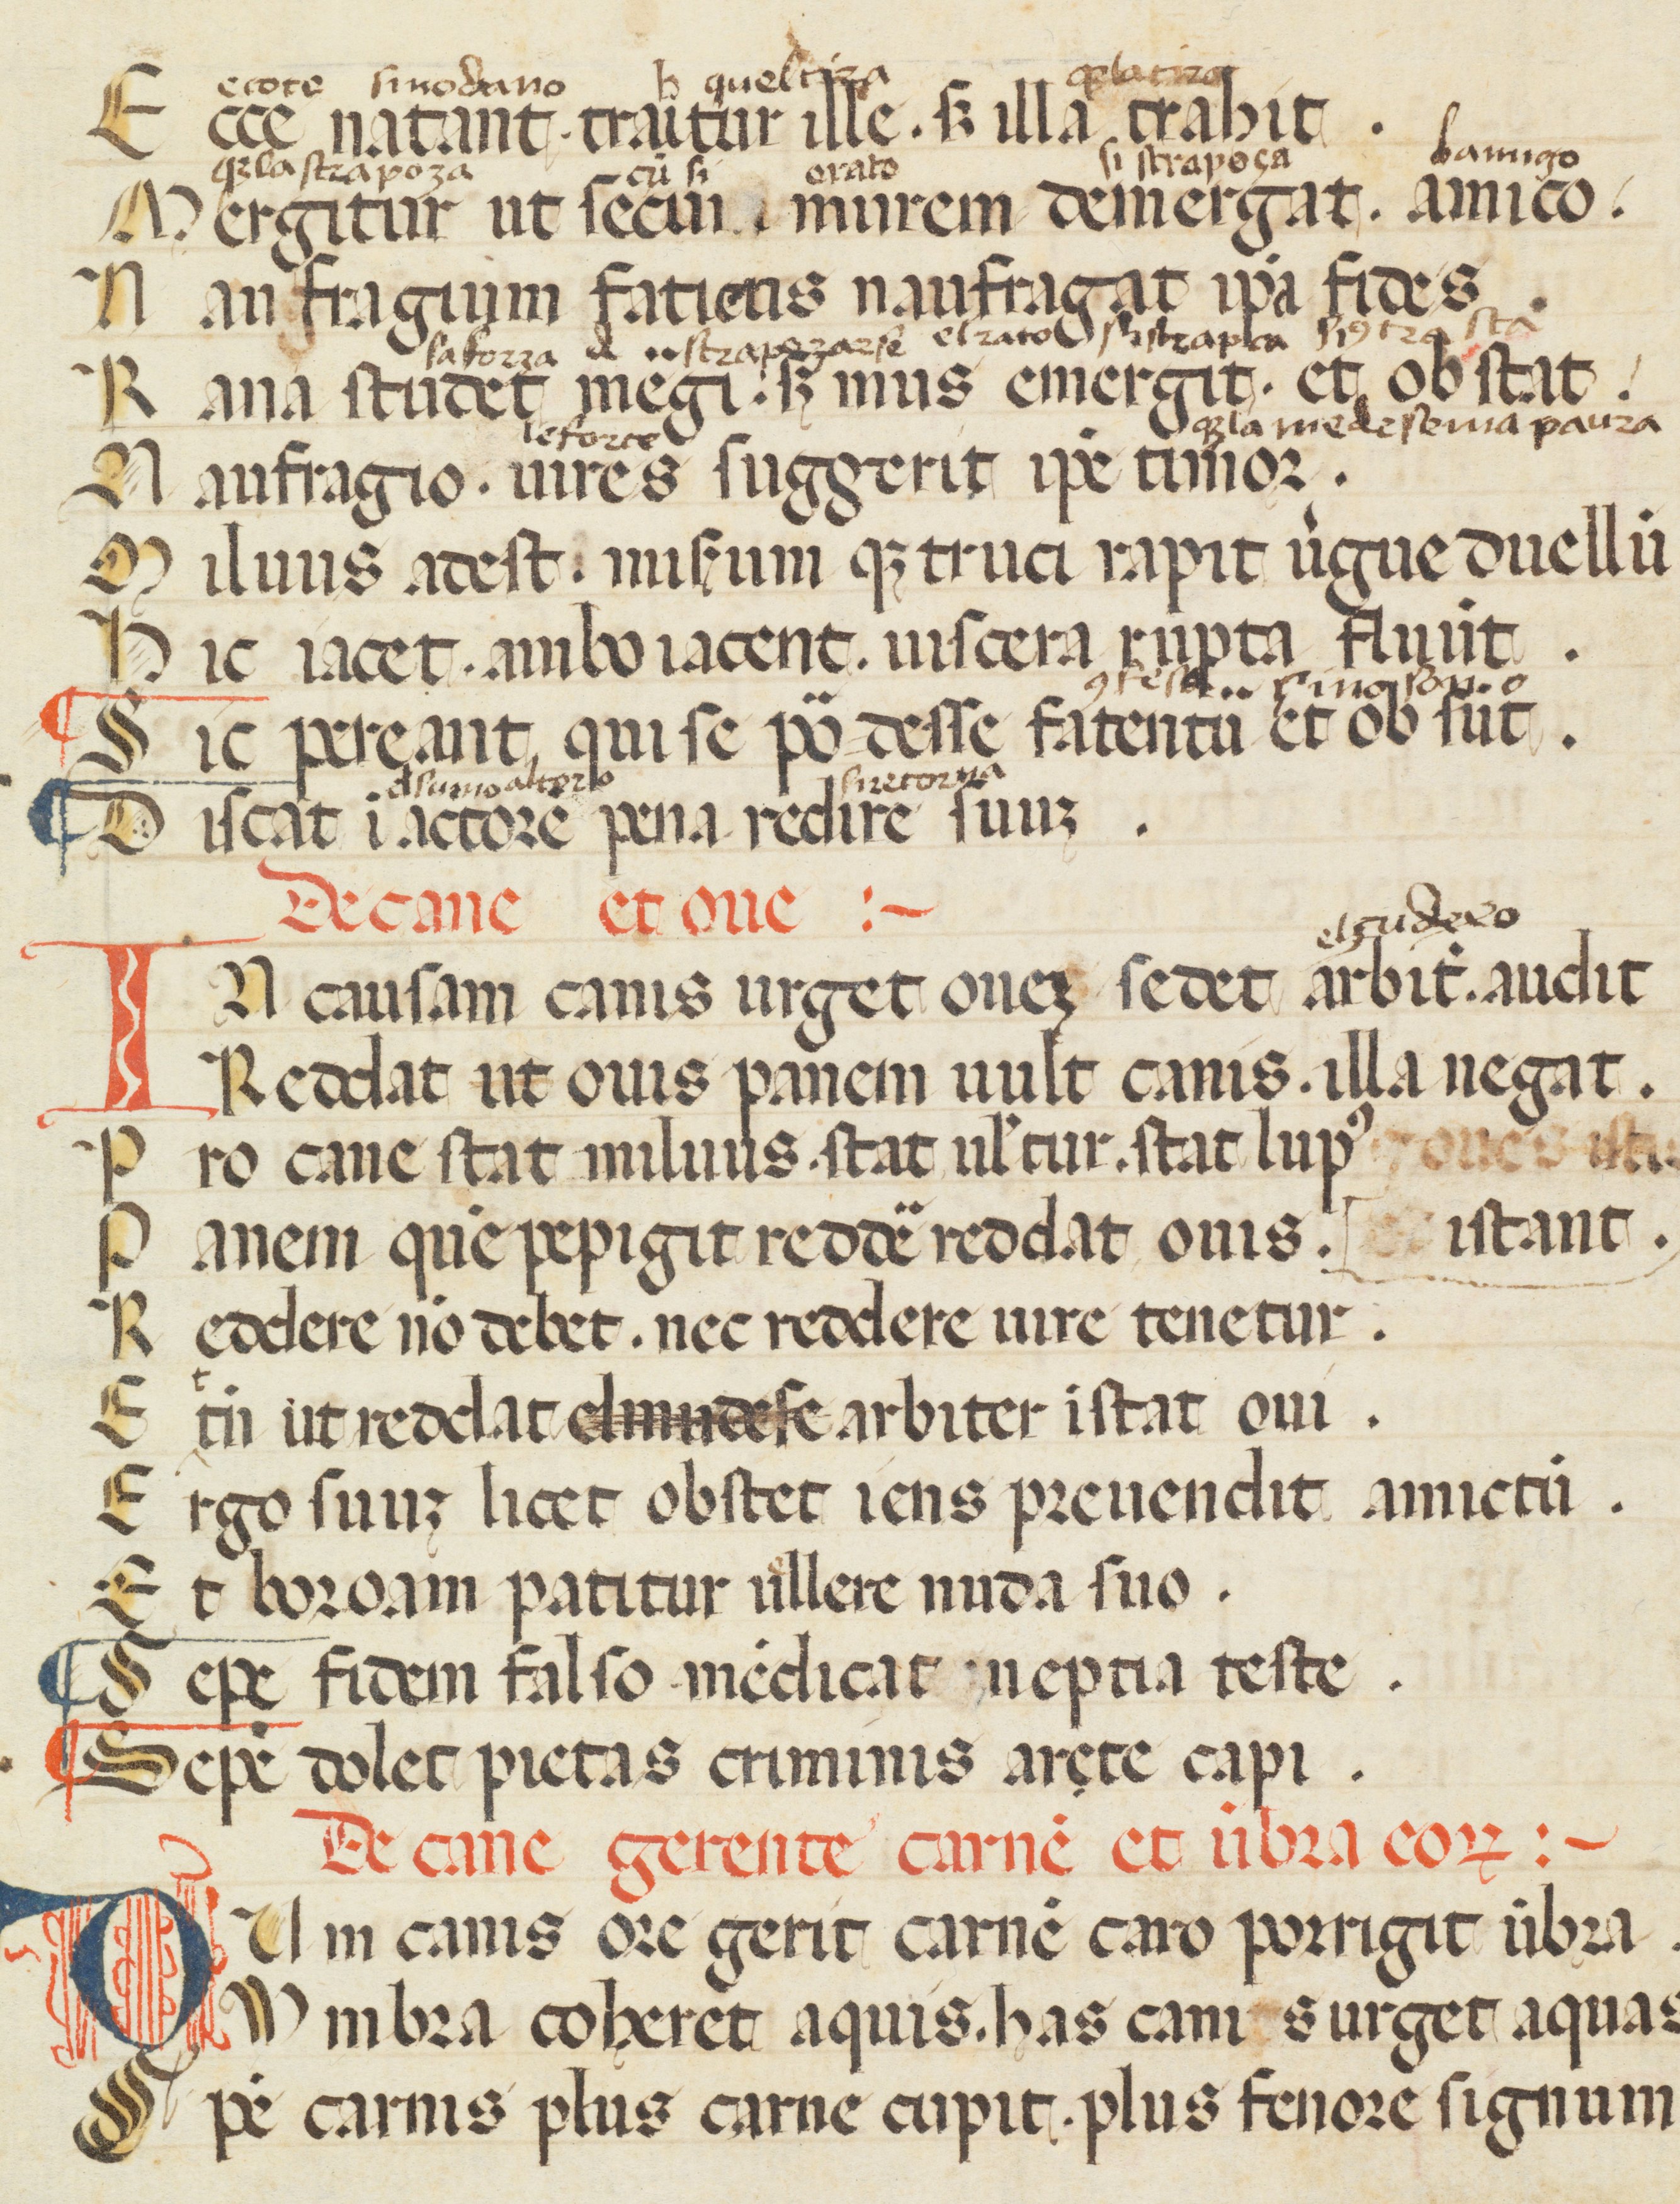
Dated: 1300–1399